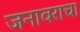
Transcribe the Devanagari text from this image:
जनावराचा